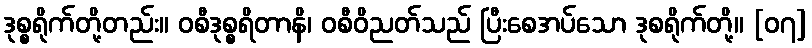
ဒုစ္စရိုက်တို့တည်း။ ဝစီဒုစ္စရိတာနိ၊ ဝစီဝိညတ်သည် ပြီးစေအပ်သော ဒုစရိုက်တို့။ [၀၇]